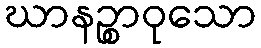
ဃာနဉ္စာဝုသော